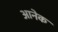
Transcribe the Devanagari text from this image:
आनेक